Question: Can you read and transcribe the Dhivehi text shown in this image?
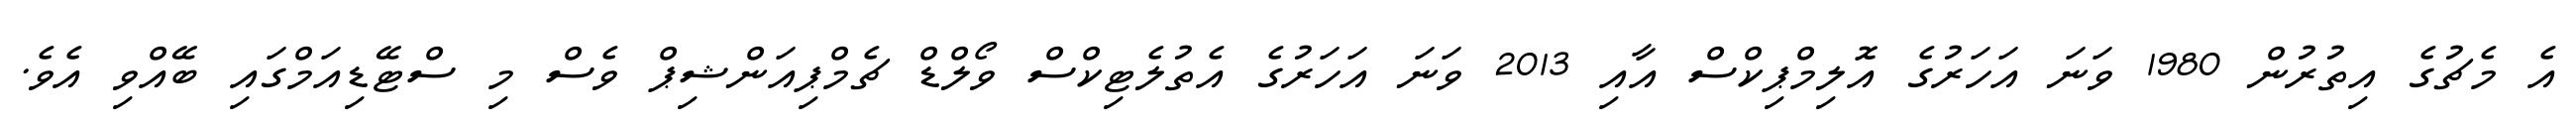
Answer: އެ މެޗުގެ އިތުރުން 1980 ވަނަ އަހަރުގެ އޮލިމްޕިކްސް އާއި 2013 ވަނަ އަހަރުގެ އެތުލެޓިކްސް ވޯލްޑް ޗެމްޕިއަންޝިޕް ވެސް މި ސްޓޭޑިއަމްގައި ބޭއްވި އެވެ.